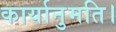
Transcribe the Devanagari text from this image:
कार्यानुमति।